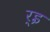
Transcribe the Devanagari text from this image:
र्इ